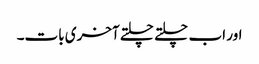
اور اب چلتے چلتے آخری بات۔